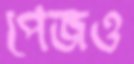
পেজও